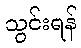
သွင်းရန်